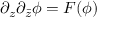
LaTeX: \partial _ { z } \partial _ { \bar { z } } \phi = F ( \phi )